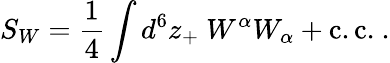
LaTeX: S_{W}=\frac{1}{4}\int d^{6}z_{+}\ W^{\alpha}W_{\alpha}+\mathrm{c.c.}\ .